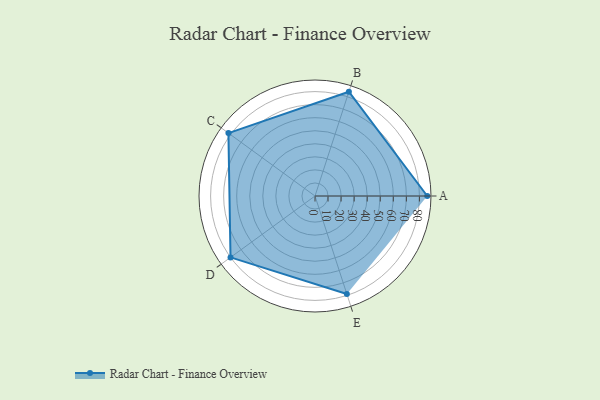
{"axis": {"x": "Skill", "y": "Score"}, "legend": ["Profile"], "data": [{"x": "A", "y": 86.0, "type": "Profile"}, {"x": "B", "y": 84.0, "type": "Profile"}, {"x": "C", "y": 82.0, "type": "Profile"}, {"x": "D", "y": 80.0, "type": "Profile"}, {"x": "E", "y": 79.0, "type": "Profile"}]}